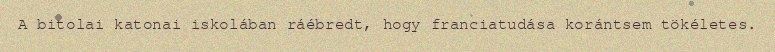
A bitolai katonai iskolában ráébredt, hogy franciatudása korántsem tökéletes.